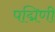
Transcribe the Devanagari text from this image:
पद्मिणी